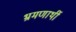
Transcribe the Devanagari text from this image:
भ्रमणार्थी